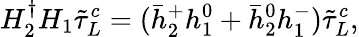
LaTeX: H_{2}^{\dagger}H_{1}\tilde{\tau}_{L}^{c}=(\bar{h}_{2}^{+}h_{1}^{0}+\bar{h}_{2}^{0}h_{1}^{-})\tilde{\tau}_{L}^{c},